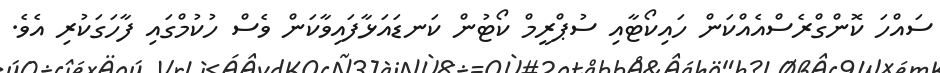
ސައްހަ ކޮންގްރެސްއެއްކަން ހައިކޯޓާއި ސުޕްރީމް ކޯޓުން ކަނޑައަޅާފައިވާކަން ވެސް ހުކުމްގައި ފާހަގަކުރި އެވެ.